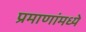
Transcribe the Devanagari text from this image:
प्रमाणांमध्ये